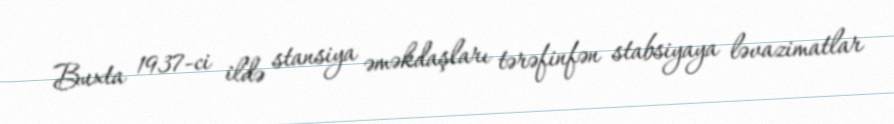
Buxta 1937-ci ildə stansiya əməkdaşları tərəfinfən stabsiyaya ləvazimatlar